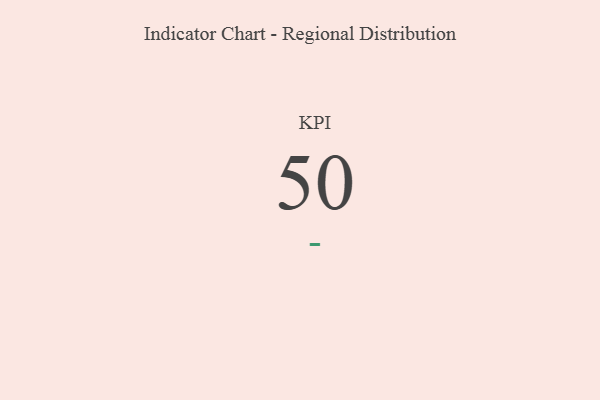
{"axis": {"x": "KPI", "y": "Value"}, "legend": [""], "data": [{"x": "KPI", "y": 50, "type": ""}]}